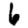
Digit: 6